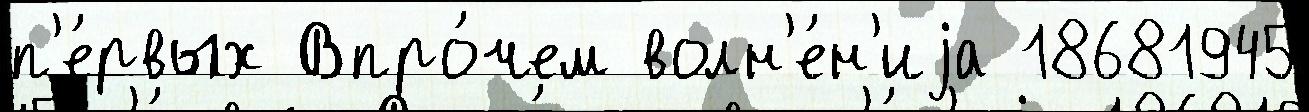
п'е́рвых Впро́чем волн'е́н'иjа 18681945